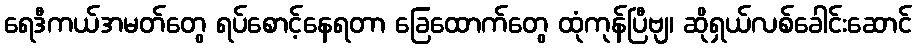
ရေဒီကယ်အမတ်တွေ ရပ်စောင့်နေရတာ ခြေထောက်တွေ ထုံကုန်ပြီဗျ၊ ဆိုရှယ်လစ်ခေါင်းဆောင်